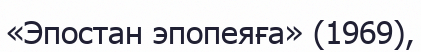
«Эпостан эпопеяға» (1969),